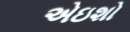
એઇશો